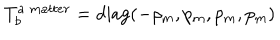
LaTeX: T _ { b } ^ { a \ m a t t e r } = \mathrm { d i a g } ( - \rho _ { m } , p _ { m } , p _ { m } , p _ { m } )